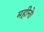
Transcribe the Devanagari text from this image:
महीने।